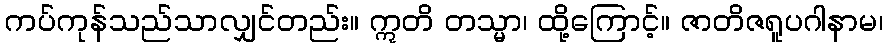
ကပ်ကုန်သည်သာလျှင်တည်း။ ဣတိ တသ္မာ၊ ထို့ကြောင့်။ ဇာတိဇရူပဂါနာမ၊